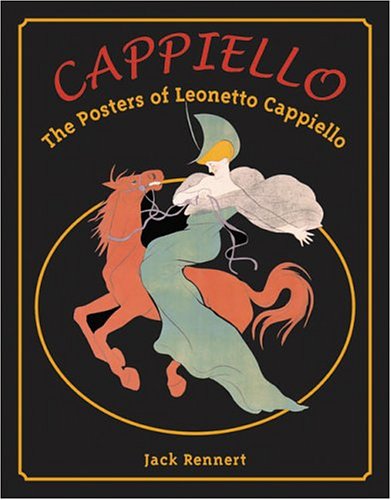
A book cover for Cappiello: The Posters of Leonetto Cappiello; Jack Rennert; Crafts, Hobbies & Home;